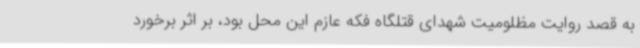
به قصد روایت مظلومیت شهدای قتلگاه فکه عازم این محل بود، بر اثر برخورد